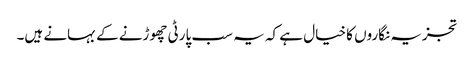
تجزیہ نگاروں کا خیال ہے کہ یہ سب پارٹی چھوڑنے کے بہانے ہیں۔